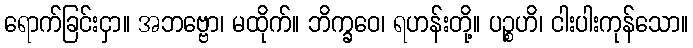
ရောက်ခြင်းငှာ။ အဘဗ္ဗော၊ မထိုက်။ ဘိက္ခဝေ၊ ရဟန်းတို့။ ပဉ္စဟိ၊ ငါးပါးကုန်သော။